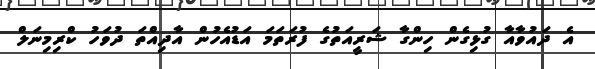
އެ ދައުވާއާ ގުޅިގެން ހިންގާ ޝަރީއަތުގެ ފުރަތަމަ އަޑުއެހުން އާދިއްތަ ދުވަހު ކްރިމިނަލް